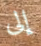
إلى